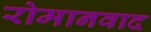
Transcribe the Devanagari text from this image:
रोमानवाद